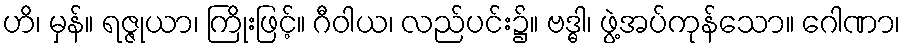
ဟိ၊ မှန်။ ရဇ္ဇုယာ၊ ကြိုးဖြင့်။ ဂီဝါယ၊ လည်ပင်း၌။ ဗဒ္ဓါ၊ ဖွဲ့အပ်ကုန်သော။ ဂေါဏာ၊